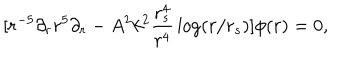
[ r ^ { - 5 } \partial _ { r } r ^ { 5 } \partial _ { r } - A ^ { 2 } k ^ { 2 } { \frac { r _ { s } ^ { 4 } } { r ^ { 4 } } } \log ( r / r _ { s } ) ] \phi ( r ) = 0 ,